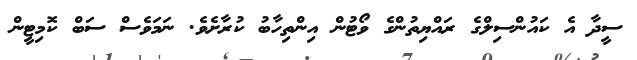
ސީދާ އެ ކައުންސިލްގެ ރައްޔިތުންގެ ވޯޓުން އިންތިހާބު ކުރާށެވެ. ނަމަވެސް ސަބް ކޮމިޓީން